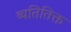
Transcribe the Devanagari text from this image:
व्यतितिक्त